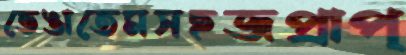
ভেঙাতেমসহজপ্রাপ্